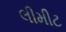
લીમીટ